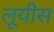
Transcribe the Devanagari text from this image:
लूयीस